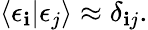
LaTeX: \langle\epsilon_{\mathbf{i}}|\epsilon_{j}\rangle\approx\delta_{\mathbf{i}j}.